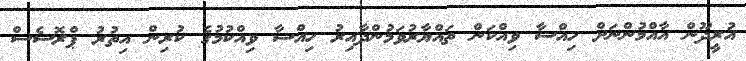
އުރީދޫން އާއްމުންނަށް ހިއްސާ ވިއްކަން ތައްޔާރުވަމުންދާއިރު ހިއްސާ ވިއްކުމުގެ ކުރިން އިތުރު ޕްރޮސެސް